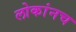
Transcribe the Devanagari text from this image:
लोकांनच